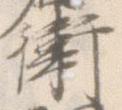
衛